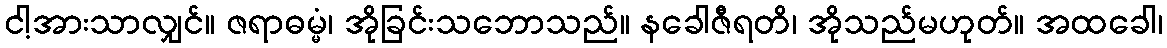
ငါ့အားသာလျှင်။ ဇရာဓမ္မံ၊ အိုခြင်းသဘောသည်။ နခေါဇီရတိ၊ အိုသည်မဟုတ်။ အထခေါ၊